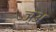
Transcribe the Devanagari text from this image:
ञ़्अ